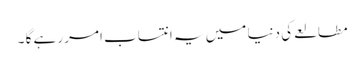
مطالعے کی دنیا میں یہ انتساب امر رہے گا ۔